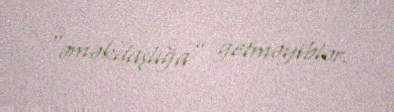
“əməkdaşlığa” getməyiblər.